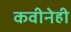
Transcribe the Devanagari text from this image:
कवीनेही